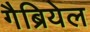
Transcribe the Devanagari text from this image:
गैब्रियेल